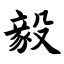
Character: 毅